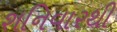
શનિવારથી